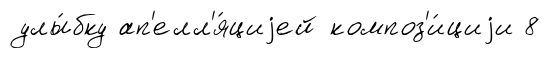
улы́бку ап'елл'я́циjей композ'и́циjи 8